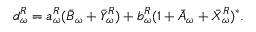
d _ { \omega } ^ { R } = a _ { \omega } ^ { R } ( \bar { B } _ { \omega } + \bar { Y } _ { \omega } ^ { R } ) + b _ { \omega } ^ { R } ( 1 + \bar { A } _ { \omega } + \bar { X } _ { \omega } ^ { R } ) ^ { \ast } .